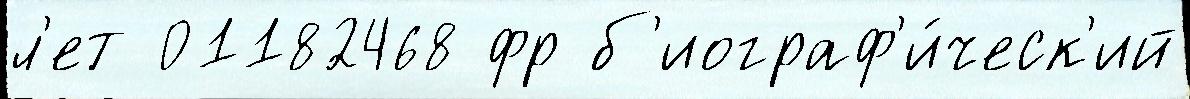
л'ет 01182468 фр б'иограф'и́ческ'ий